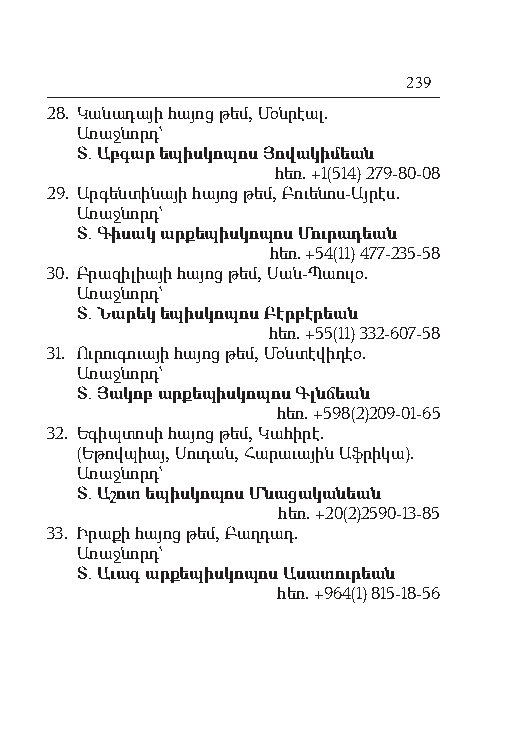
239
 28. Կա նա դա յի հայոց թեմ, Մօն րէալ.
 Ա ռաջ նորդ`
 Տ. Աբ գար եպիսկոպոս Յո վա կի մեան
 հեռ. +1(514) 279-80-08
 29. Ար գեն տի նա յի հայոց թեմ, Բուե նոս-Այ րէս.
 Ա ռաջ նորդ`
 Տ. Գի սակ ար քե պիս կո պոս Մու րա դեան
 հեռ. +54(11) 477-235-58
 30. Բ րա զի լիա յի հայոց թեմ, Սան- Պաու լօ.
 Ա ռաջ նորդ`
 Տ. Ն ա րեկ եպիսկոպոս Բէր բէ րեան
 հեռ. +55(11) 332-607-58
 31. Ու րու գուա յի հայոց թեմ, Մօն տէ վի դէօ.
 Ա ռաջ նորդ`
 Տ. Յա կոբ ար քե պիս կո պոս Գլն ճեան
 հեռ. +598(2)209-01-65
 32. Ե գիպ տո սի հայոց թեմ, Կա հի րէ.
 (Ե թով պիայ, Սու դան, Հա րա ւա յին Աֆ րի կա).
 Ա ռաջ նորդ`
 Տ. Ա շոտ ե պիս կո պոս Մ նա ցա կա նեան
 հեռ. +20(2)2590-13-85
 33. Ի րա քի հայոց թեմ, Բաղ դադ.
 Ա ռաջ նորդ`
 Տ. Ա ւագ ար քե պիս կո պոս Ա սա տու րեան
 հեռ. +964(1) 815-18-56